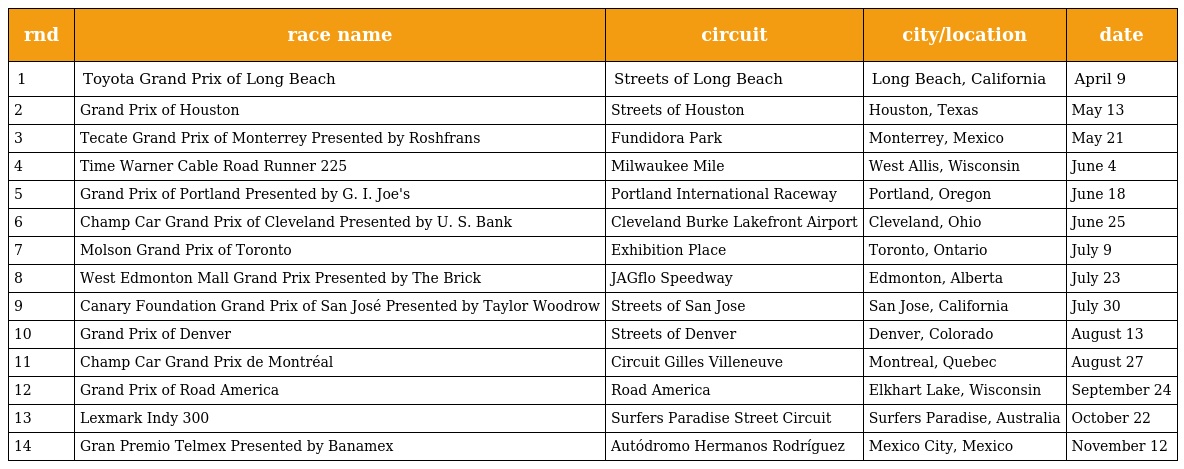
| rnd | race name | circuit | city/location | date |
 | --- | --- | --- | --- | --- |
 | 1 | Toyota Grand Prix of Long Beach | Streets of Long Beach | Long Beach, California | April 9 |
 | 2 | Grand Prix of Houston | Streets of Houston | Houston, Texas | May 13 |
 | 3 | Tecate Grand Prix of Monterrey Presented by Roshfrans | Fundidora Park | Monterrey, Mexico | May 21 |
 | 4 | Time Warner Cable Road Runner 225 | Milwaukee Mile | West Allis, Wisconsin | June 4 |
 | 5 | Grand Prix of Portland Presented by G. I. Joe's | Portland International Raceway | Portland, Oregon | June 18 |
 | 6 | Champ Car Grand Prix of Cleveland Presented by U. S. Bank | Cleveland Burke Lakefront Airport | Cleveland, Ohio | June 25 |
 | 7 | Molson Grand Prix of Toronto | Exhibition Place | Toronto, Ontario | July 9 |
 | 8 | West Edmonton Mall Grand Prix Presented by The Brick | JAGflo Speedway | Edmonton, Alberta | July 23 |
 | 9 | Canary Foundation Grand Prix of San José Presented by Taylor Woodrow | Streets of San Jose | San Jose, California | July 30 |
 | 10 | Grand Prix of Denver | Streets of Denver | Denver, Colorado | August 13 |
 | 11 | Champ Car Grand Prix de Montréal | Circuit Gilles Villeneuve | Montreal, Quebec | August 27 |
 | 12 | Grand Prix of Road America | Road America | Elkhart Lake, Wisconsin | September 24 |
 | 13 | Lexmark Indy 300 | Surfers Paradise Street Circuit | Surfers Paradise, Australia | October 22 |
 | 14 | Gran Premio Telmex Presented by Banamex | Autódromo Hermanos Rodríguez | Mexico City, Mexico | November 12 |